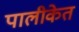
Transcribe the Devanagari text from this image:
पालीकेत